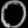
Digit: ၀